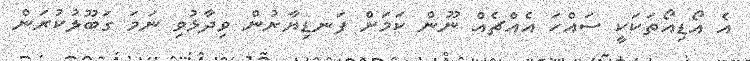
އެ އޯޑިއޯތަކަކީ ސައްހަ އެއްޗެއް ނޫން ކަމަށް ފަނޑިޔާރުން ވިދާޅުވި ނަމަ ގަބޫލުކުރަން